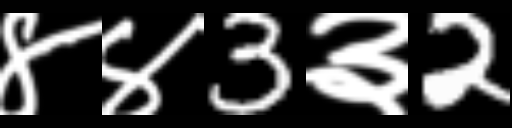
Text: ४४3३2